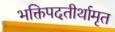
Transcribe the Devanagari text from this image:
भक्तिपदतीर्थामृत